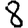
Digit: 8